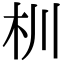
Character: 杊